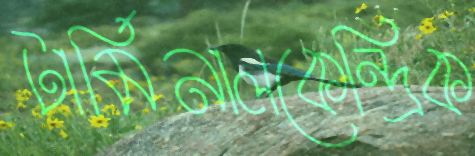
টার্মিনালকেন্দ্রিক